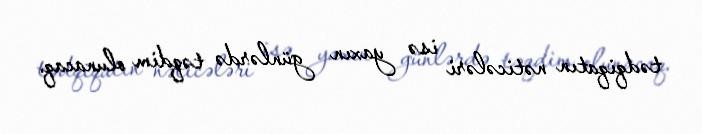
tədqiqatın nəticələri isə yaxın günlərdə təqdim olunacaq.